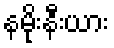
နမိုးနီးယား